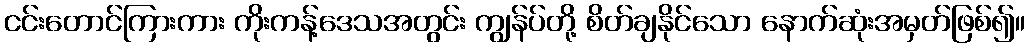
ငင်းတောင်ကြားကား ကိုးကန့်ဒေသအတွင်း ကျွန်ပ်တို့ စိတ်ချနိုင်သော နောက်ဆုံးအမှတ်ဖြစ်၍။